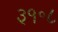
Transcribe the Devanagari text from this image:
३१॰८